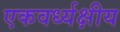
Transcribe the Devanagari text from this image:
एकवर्ध्यक्षीय